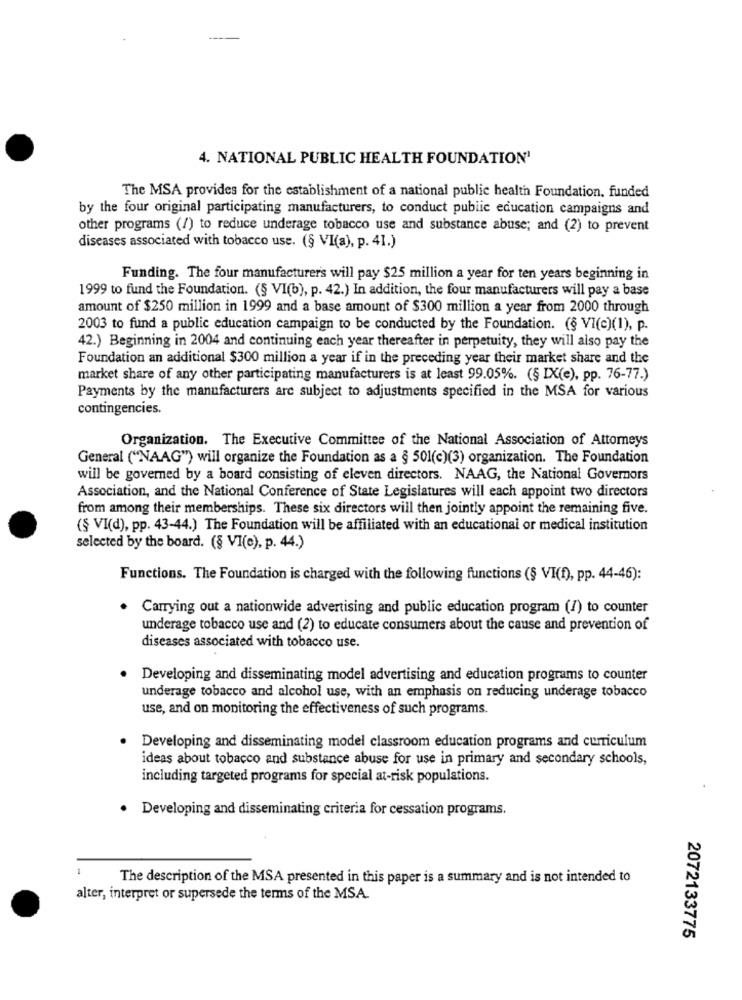
4. NATIONAL PUBLIC HEALTH FOUNDATION'
The MSA provides for the establishment of a national public health Foundation, funded
by the four original participating manufacturers, to conduct public education campaigns and
other programs (!) to reduce underage tobacco use and substance abuse; and (2) to prevent
diseases associated with tobacco use. (§ VI(a), p. 41.)
Funding. The four manufacturers will pay $25 million a year for ten years beginning in
1999 to fund the Foundation. (§ VI(b), p. 42.) In addition, the four manufacturers will pay a base
amount of $250 million in 1999 and a base amount of $300 million a year from 2000 through
2003 to fund a public education campaign to be conducted by the Foundation. (§ VI(c)(1), p.
42.) Beginning in 2004 and continuing each year thereafter in perpetuity, they will also pay the
Foundation an additional $300 million a year if in the preceding year their market share and the
market share of any other participating manufacturers is at least 99.05%. (§ IX(e), pp. 76-77.)
Payments by the manufacturers are subject to adjustments specified in the MSA for various
contingencies.
Organization. The Executive Committee of the National Association of Attorneys
General ("NAAG") will organize the Foundation as a § 501(c)(3) organization. The Foundation
will be governed by a board consisting of eleven directors. NAAG, the National Governors
Association, and the National Conference of State Legislatures will each appoint two directors
from among their memberships. These six directors will then jointly appoint the remaining five.
(§ VI(d), pp. 43-44.) The Foundation will be affiliated with an educational or medical institution
selected by the board. (§ VI(e), p. 44.)
Functions. The Foundation is charged with the following functions (§ VI(f), pp. 44-46):
Carrying out a nationwide advertising and public education program (1) to counter
underage tobacco use and (2) to educate consumers about the cause and prevention of
diseases associated with tobacco use.
Developing and disseminating model advertising and education programs to counter
underage tobacco and alcohol use, with an emphasis on reducing underage tobacco
use, and on monitoring the effectiveness of such programs.
Developing and disseminating model classroom education programs and curriculum
ideas about tobacco and substance abuse for use in primary and secondary schools,
including targeted programs for special at-risk populations.
Developing and disseminating criteria for cessation programs.
The description of the MSA presented in this paper is a summary and is not intended to
alter, interpret or supersede the terms of the MSA.
2072133775